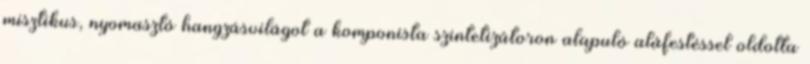
misztikus, nyomasztó hangzásvilágot a komponista szintetizátoron alapuló aláfestéssel oldotta